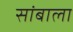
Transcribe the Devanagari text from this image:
सांबाला